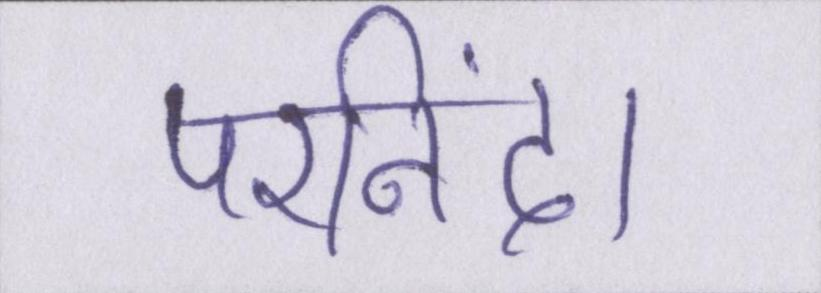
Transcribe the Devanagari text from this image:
परनिंदा